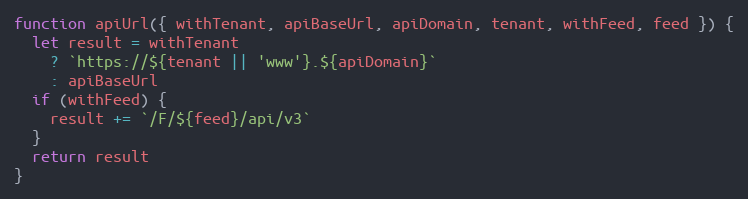
Language: JavaScript
function apiUrl({ withTenant, apiBaseUrl, apiDomain, tenant, withFeed, feed }) {
  let result = withTenant
    ? `https://${tenant || 'www'}.${apiDomain}`
    : apiBaseUrl
  if (withFeed) {
    result += `/F/${feed}/api/v3`
  }
  return result
}